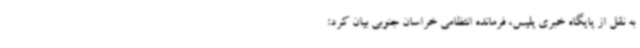
به نقل از پایگاه خبری پلیس، فرمانده انتظامی خراسان جنوبی بیان کرد: